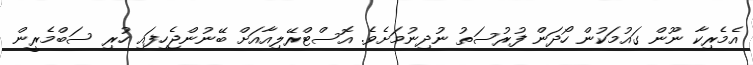
އެމެރިކާ ނޫން ގައުމަކުން ހޯދަން ފުރުސަތު ނުދިނުމަށެވެ. އޮސްޓްރޭލިއާއަށް ބޭނުންޖެހިފައި ހުރި ސަބްމެރީން